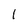
Character: 1